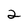
Character: 2